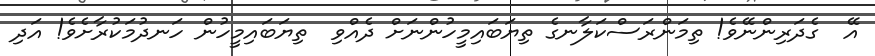
އޭ  ގެދަރިންނޭވެ! ތިމަންރަސްކަލާނގެ ތިޔަބައިމީހުންނަށް ދެއްވި  ތިޔަބައިމީހުން ހަނދުމަކުރާށެވެ! އަދި